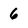
Character: 6